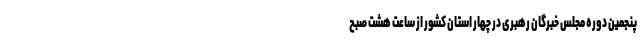
پنجمین دوره مجلس خبرگان رهبری در چهار استان کشور از ساعت هشت صبح